Madras plague regulations and rules for district municipalities and other towns and villages
Disease focus: Plague
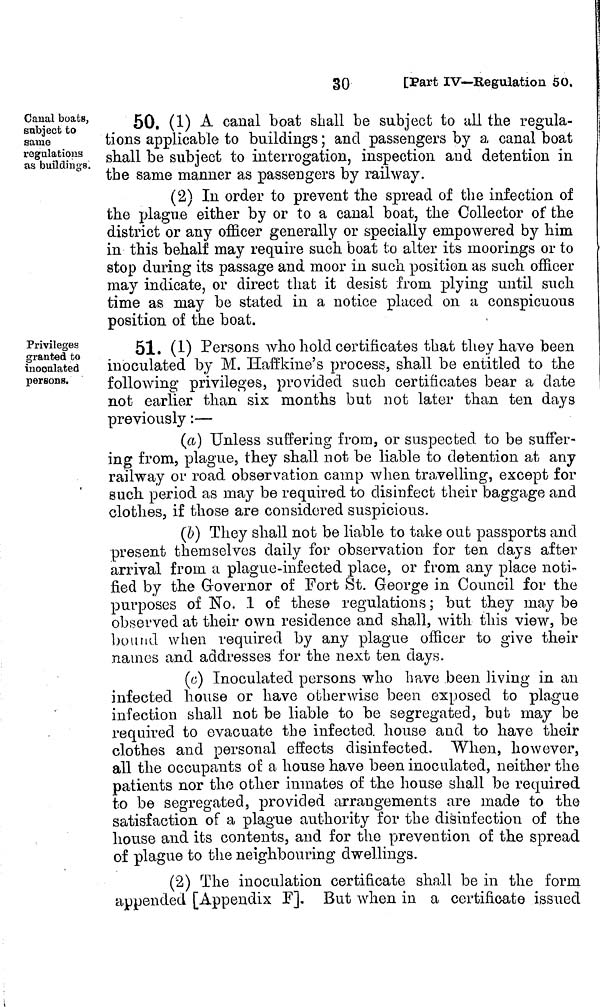
30
[P'art IV—Regulation 50.
Canal boats,
subject to
same
regulations
as buildings.
50. (1) A canal boat shall be subject to all the regula-
tions applicable to buildings ; and passengers by a canal boat
shall be subject to interrogation, inspection and detention in
the same manner as passengers by railway.
(2) In order to prevent the spread of the infection of
the plague either by or to a canal boat, the Collector of the
district or any officer generally or specially empowered by him
in this behalf may require such boat to alter its moorings or to
stop during its passage and moor in such position as such officer
may indicate, or direct that it desist from plying until such
time as may be stated in a notice placed on a conspicuous
position of the boat.
Privileges
granted to
inoculated
persons.
51. (1) Persons who hold certificates that they have been
inoculated by M. Haffkine's process, shall be entitled to the
following privileges, provided such certificates bear a date
not earlier than six months but not later than ten days
previously :—
(a) Unless suffering from, or suspected to be suffer-
ing from, plague, they shall not be liable to detention at any
railway or road observation camp when travelling, except for
such period as may be required to disinfect their baggage and
clothes, if those are considered suspicious.
(b) They shall not be liable to take out passports and
present themselves daily for observation for ten days after
arrival from a plague-infected place, or from any place noti-
fied by the Governor of Fort St. George in Council for the
purposes of No. 1 of these regulations ; but they may be
observed at their own residence and shall, with this view, be
bound when required by any plague officer to give their
names and addresses for the next ten days.
(c) Inoculated persons who have been living in an
infected house or have otherwise been exposed to plague
infection shall not be liable to be segregated, but may be
required to evacuate the infected house and to have their
clothes and personal effects disinfected. When, however,
all the occupants of a house have been inoculated, neither the
patients nor the other inmates of the house shall be required
to be segregated, provided arrangements are made to the
satisfaction of a plague authority for the disinfection of the
house and its contents, and for the prevention of the spread
of plague to the neighbouring dwellings.
(2) The inoculation certificate shall be in the form
appended [Appendix F]. But when in a certificate issued